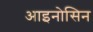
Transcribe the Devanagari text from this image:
आइनोसिन